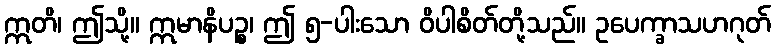
ဣတိ၊ ဤသို့။ ဣမာနိပဉ္စ၊ ဤ ၅-ပါးသော ဝိပါစိတ်တို့သည်။ ဥပေက္ခာသဟဂုတ်